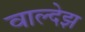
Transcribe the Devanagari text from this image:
वाल्देझ